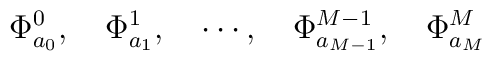
\Phi^0_{a_0}, \quad \Phi^1_{a_1}, \quad \cdots ,\quad\Phi^{M-1}_{a_{M-1}}, \quad \Phi^M_{a_M}